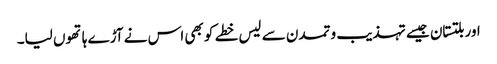
اور بلتستان جیسے تہذیب و تمدن سے لیس خطے کو بھی اس نے آڑے ہاتھوں لیا۔